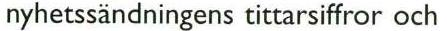
nyhetssändningens tittarsiffror och